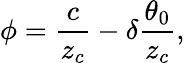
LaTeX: \phi=\frac{c}{z_{c}}-\delta\frac{\theta_{0}}{z_{c}},